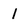
Character: 1